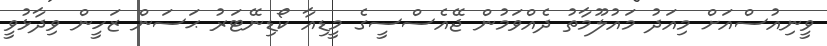
ވީނިއުސްއަށް މިއަދު މައުލޫމާތު ދެއްވަމުން ޖޭއެސްސީގެ މީޑިއާ ކޯޑިނޭޓަރު ޙަސަން ޒަހީން ވިދާޅުވީ